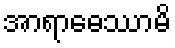
အာရာဓေဿာမိ